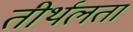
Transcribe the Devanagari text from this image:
तीर्थलता